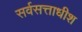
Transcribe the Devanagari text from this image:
सर्वसत्ताधीश